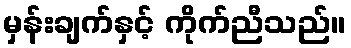
မှန်းချက်နှင့် ကိုက်ညီသည်။